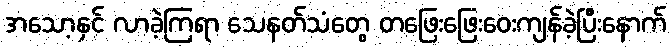
အသော့နှင် လာခဲ့ကြရာ သေနတ်သံတွေ တဖြေးဖြေးဝေးကျန်ခဲ့ပြီးနောက်